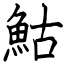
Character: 鮕